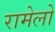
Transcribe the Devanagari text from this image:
रामेलो